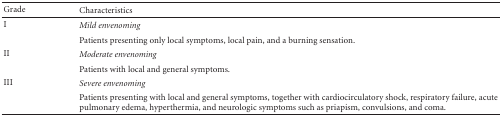
<table><thead><tr><td><b>Grade</b></td><td><b>Characteristics</b></td></tr></thead><tbody><tr><td>I</td><td><i>Mild envenoming</i></td></tr><tr><td></td><td>Patients presenting only local symptoms, local pain, and a burning sensation.</td></tr><tr><td>II</td><td><i>Moderate envenoming</i></td></tr><tr><td></td><td>Patients with local and general symptoms.</td></tr><tr><td>III</td><td><i>Severe envenoming</i></td></tr><tr><td></td><td>Patients presenting with local and general symptoms, together with cardiocirculatory shock, respiratory failure, acute pulmonary edema, hyperthermia, and neurologic symptoms such as priapism, convulsions, and coma.</td></tr></tbody></table>